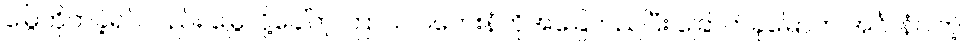
မြွေကိုက်ခဲ့ရင်လည်း မြွေလို့ခေါ်တဲ့ ကြာသ ပတေးနံကိုအခြေတည်ပြီး ခြောက်ခုမြောက် အင်္ဂါ နံပါတဲ့